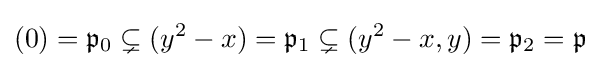
(0)={\mathfrak {p}}_{0}\subsetneq (y^{2}-x)={\mathfrak {p}}_{1}\subsetneq (y^{2}-x,y)={\mathfrak {p}}_{2}={\mathfrak {p}}